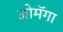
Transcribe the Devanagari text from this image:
ओमॅगा